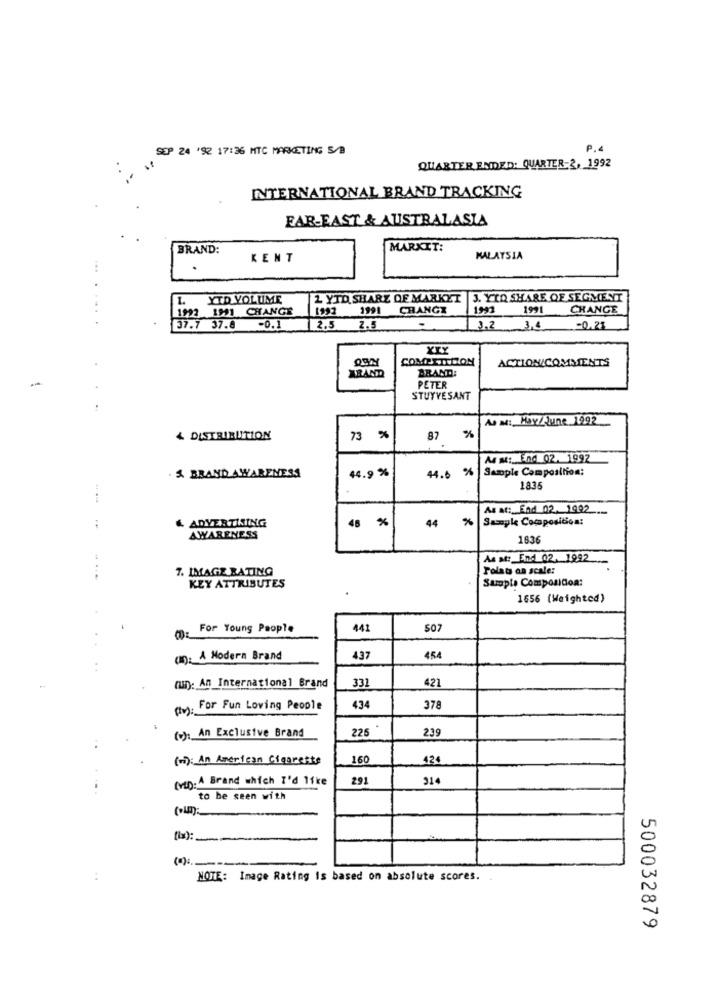
SEP 24 '92 17:36 MTC MARKETING S/B
P.4
QUARTER ENDED: QUARTER-2, 1992
INTERNATIONAL BRAND TRACKING
FAR-EAST & AUSTRALASIA
BRAND:
MARKIT;
KENT
MALAYSIA
...
1.
YTD VOLUME
2 YTD SHARE OF MARKET |3. YTO SHARE OF SEGMENT
1992 1991 CHANGE
1992
1991 CHANGE
1993
1991
CHANGE
37.7 37.8
-0.1
2.5
2.5
3.2 3,4 -0.23
XIY
COMPETITION
ACTION/COMMENTS
BRAND:
PETER
STUYVESANT
As M: Hay//June 1992
4 DISTRIBUTION
73 %
87 %
MM: End 02. 1997
44.9 %
44.6 %
Sample Composition:
& BRAND AWARENESS
1835
As at: End 02. 1992
--
& ADVERTISING
48 %
44 %
Sample CompositSos:
AWARENESS
1636
As at: End 02. 1992
7. IMAGE RATING
Folats on scale:
Sample Composidoa:
KEY ATTRIBUTES
1656 (Weighted)
@: For Young People
441
S07
(n). A Modern Brand
437
454
(un): An International Brand
331
421
(v):"
For Fun Loving People
434
378
(+): An Exclusive Brand
225
239
(mi): An American Cigarette
160
424
(vi): A Brand which I'd like
291
214
to be seen with
NOTE: Image Rating is based on absolute scores.
500032879